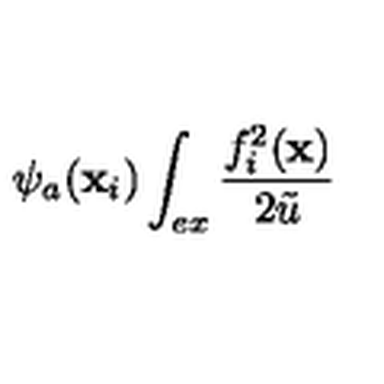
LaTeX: \psi _ { a } ( \mathbf { x } _ { i } ) \int _ { e x } \frac { f _ { i } ^ { 2 } ( \mathbf { x } ) } { 2 \tilde { u } }